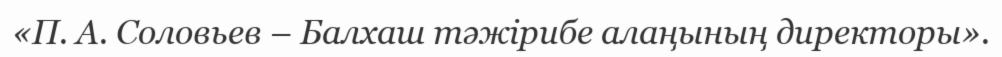
«П. А. Соловьев – Балхаш тәжірибе алаңының директоры».